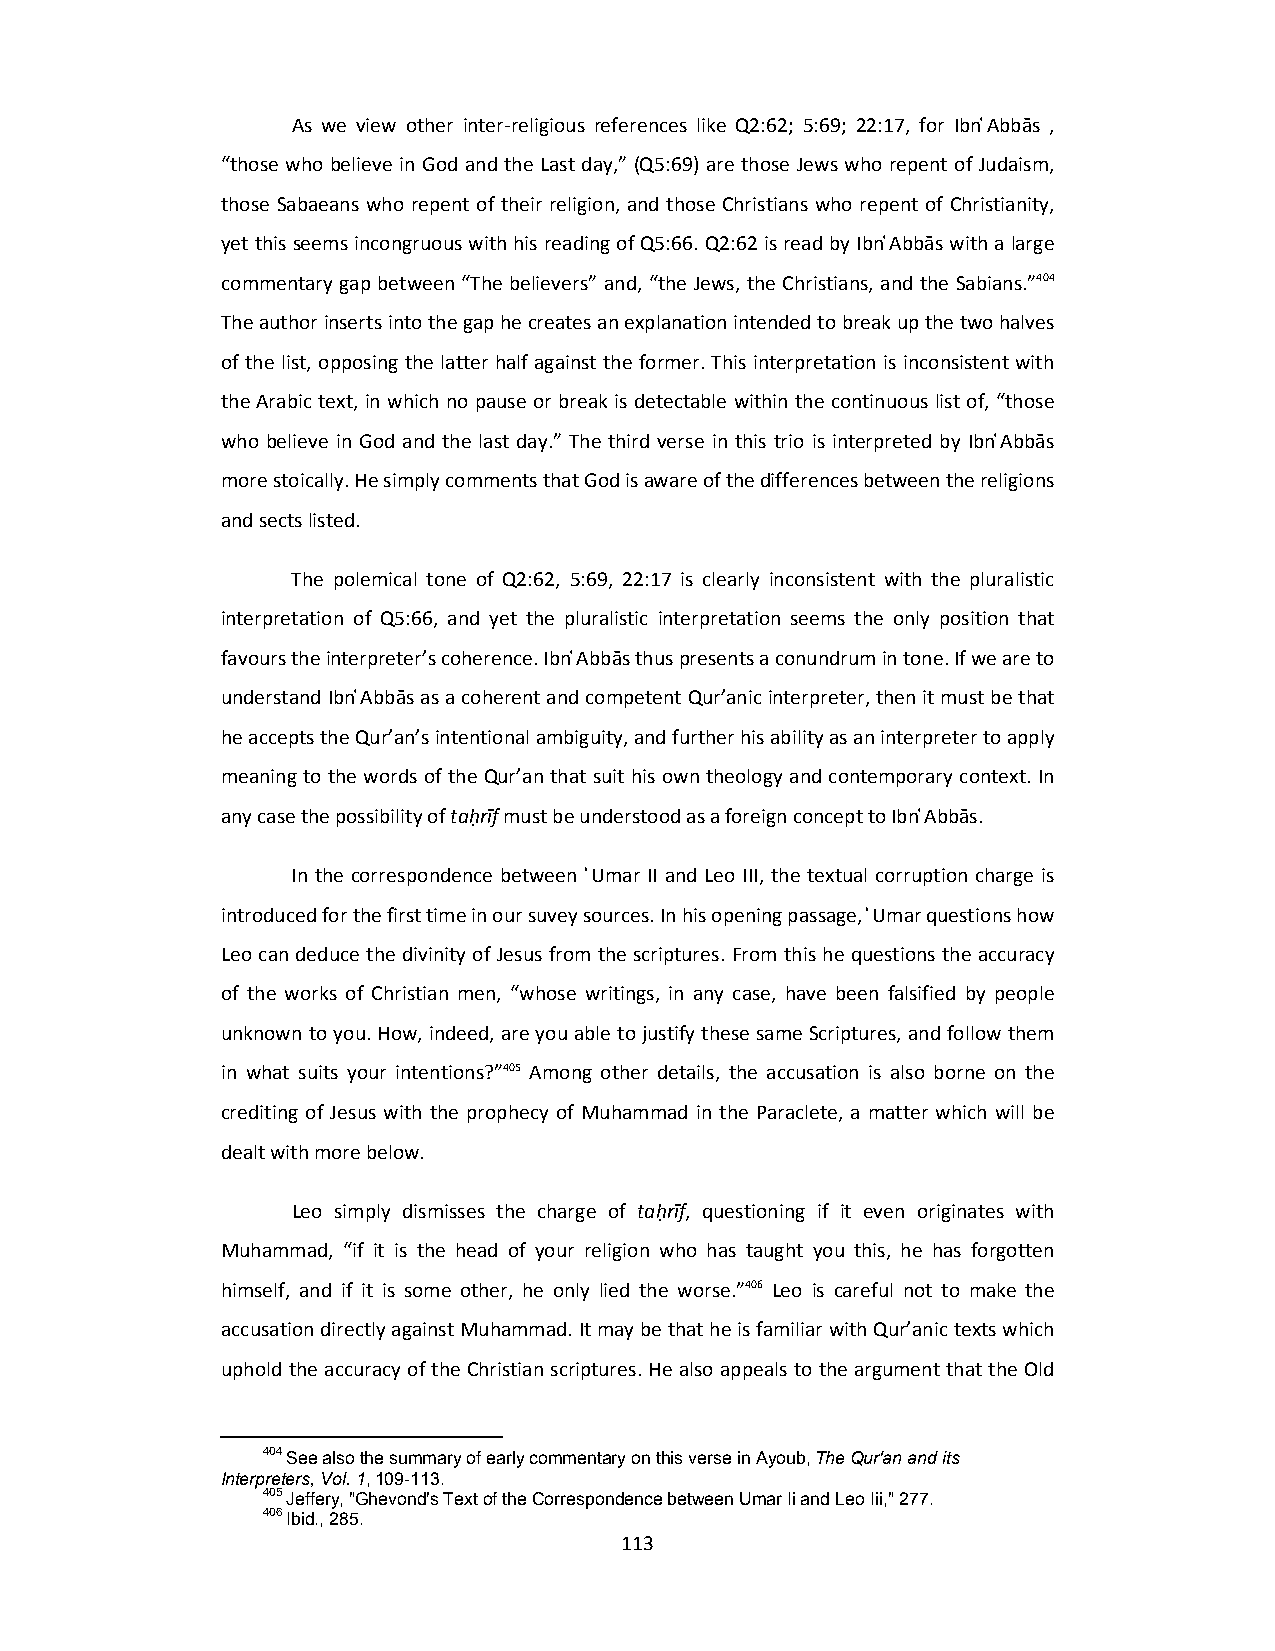
As we view other inter‐religious references like Q2:62; 5:69; 22:17, for Ibn ͑Abbās ,
 “those who believe in God and the Last day,” (Q5:69) are those Jews who repent of Judaism,
 those Sabaeans who repent of their religion, and those Christians who repent of Christianity,
 yet this seems incongruous with his reading of Q5:66. Q2:62 is read by Ibn ͑Abbās with a large
 commentary gap between “The believers” and, “the Jews, the Christians, and the Sabians.”404
 The author inserts into the gap he creates an explanation intended to break up the two halves
 of the list, opposing the latter half against the former. This interpretation is inconsistent with
 the Arabic text, in which no pause or break is detectable within the continuous list of, “those
 who believe in God and the last day.” The third verse in this trio is interpreted by Ibn ͑Abbās
 more stoically. He simply comments that God is aware of the differences between the religions
 and sects listed.
 The polemical tone of Q2:62, 5:69, 22:17 is clearly inconsistent with the pluralistic
 interpretation of Q5:66, and yet the pluralistic interpretation seems the only position that
 favours the interpreter’s coherence. Ibn ͑Abbās thus presents a conundrum in tone. If we are to
 understand Ibn ͑Abbās as a coherent and competent Qur’anic interpreter, then it must be that
 he accepts the Qur’an’s intentional ambiguity, and further his ability as an interpreter to apply
 meaning to the words of the Qur’an that suit his own theology and contemporary context. In
 any case the possibility of taḥrīf must be understood as a foreign concept to Ibn ͑Abbās.
 In the correspondence between ͗Umar II and Leo III, the textual corruption charge is
 introduced for the first time in our suvey sources. In his opening passage, ͗Umar questions how
 Leo can deduce the divinity of Jesus from the scriptures. From this he questions the accuracy
 of the works of Christian men, “whose writings, in any case, have been falsified by people
 unknown to you. How, indeed, are you able to justify these same Scriptures, and follow them
 in what suits your intentions?”405 Among other details, the accusation is also borne on the
 crediting of Jesus with the prophecy of Muhammad in the Paraclete, a matter which will be
 dealt with more below.
 Leo simply dismisses the charge of taḥrīf, questioning if it even originates with
 Muhammad, “if it is the head of your religion who has taught you this, he has forgotten
 himself, and if it is some other, he only lied the worse.”406 Leo is careful not to make the
 accusation directly against Muhammad. It may be that he is familiar with Qur’anic texts which
 uphold the accuracy of the Christian scriptures. He also appeals to the argument that the Old
 404 See also the summary of early commentary on this verse in Ayoub, The Qur'an and its
 Interpreters, Vol. 1, 109-113.
 405 Jeffery, "Ghevond's Text of the Correspondence between Umar Ii and Leo Iii," 277.
 406 Ibid., 285.
 113